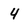
Character: 4